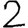
Digit: 2